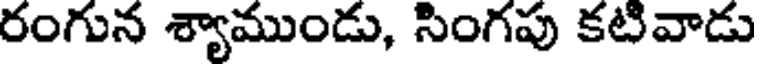
రంగున శ్యాముండు, సింగపు కటివాడు